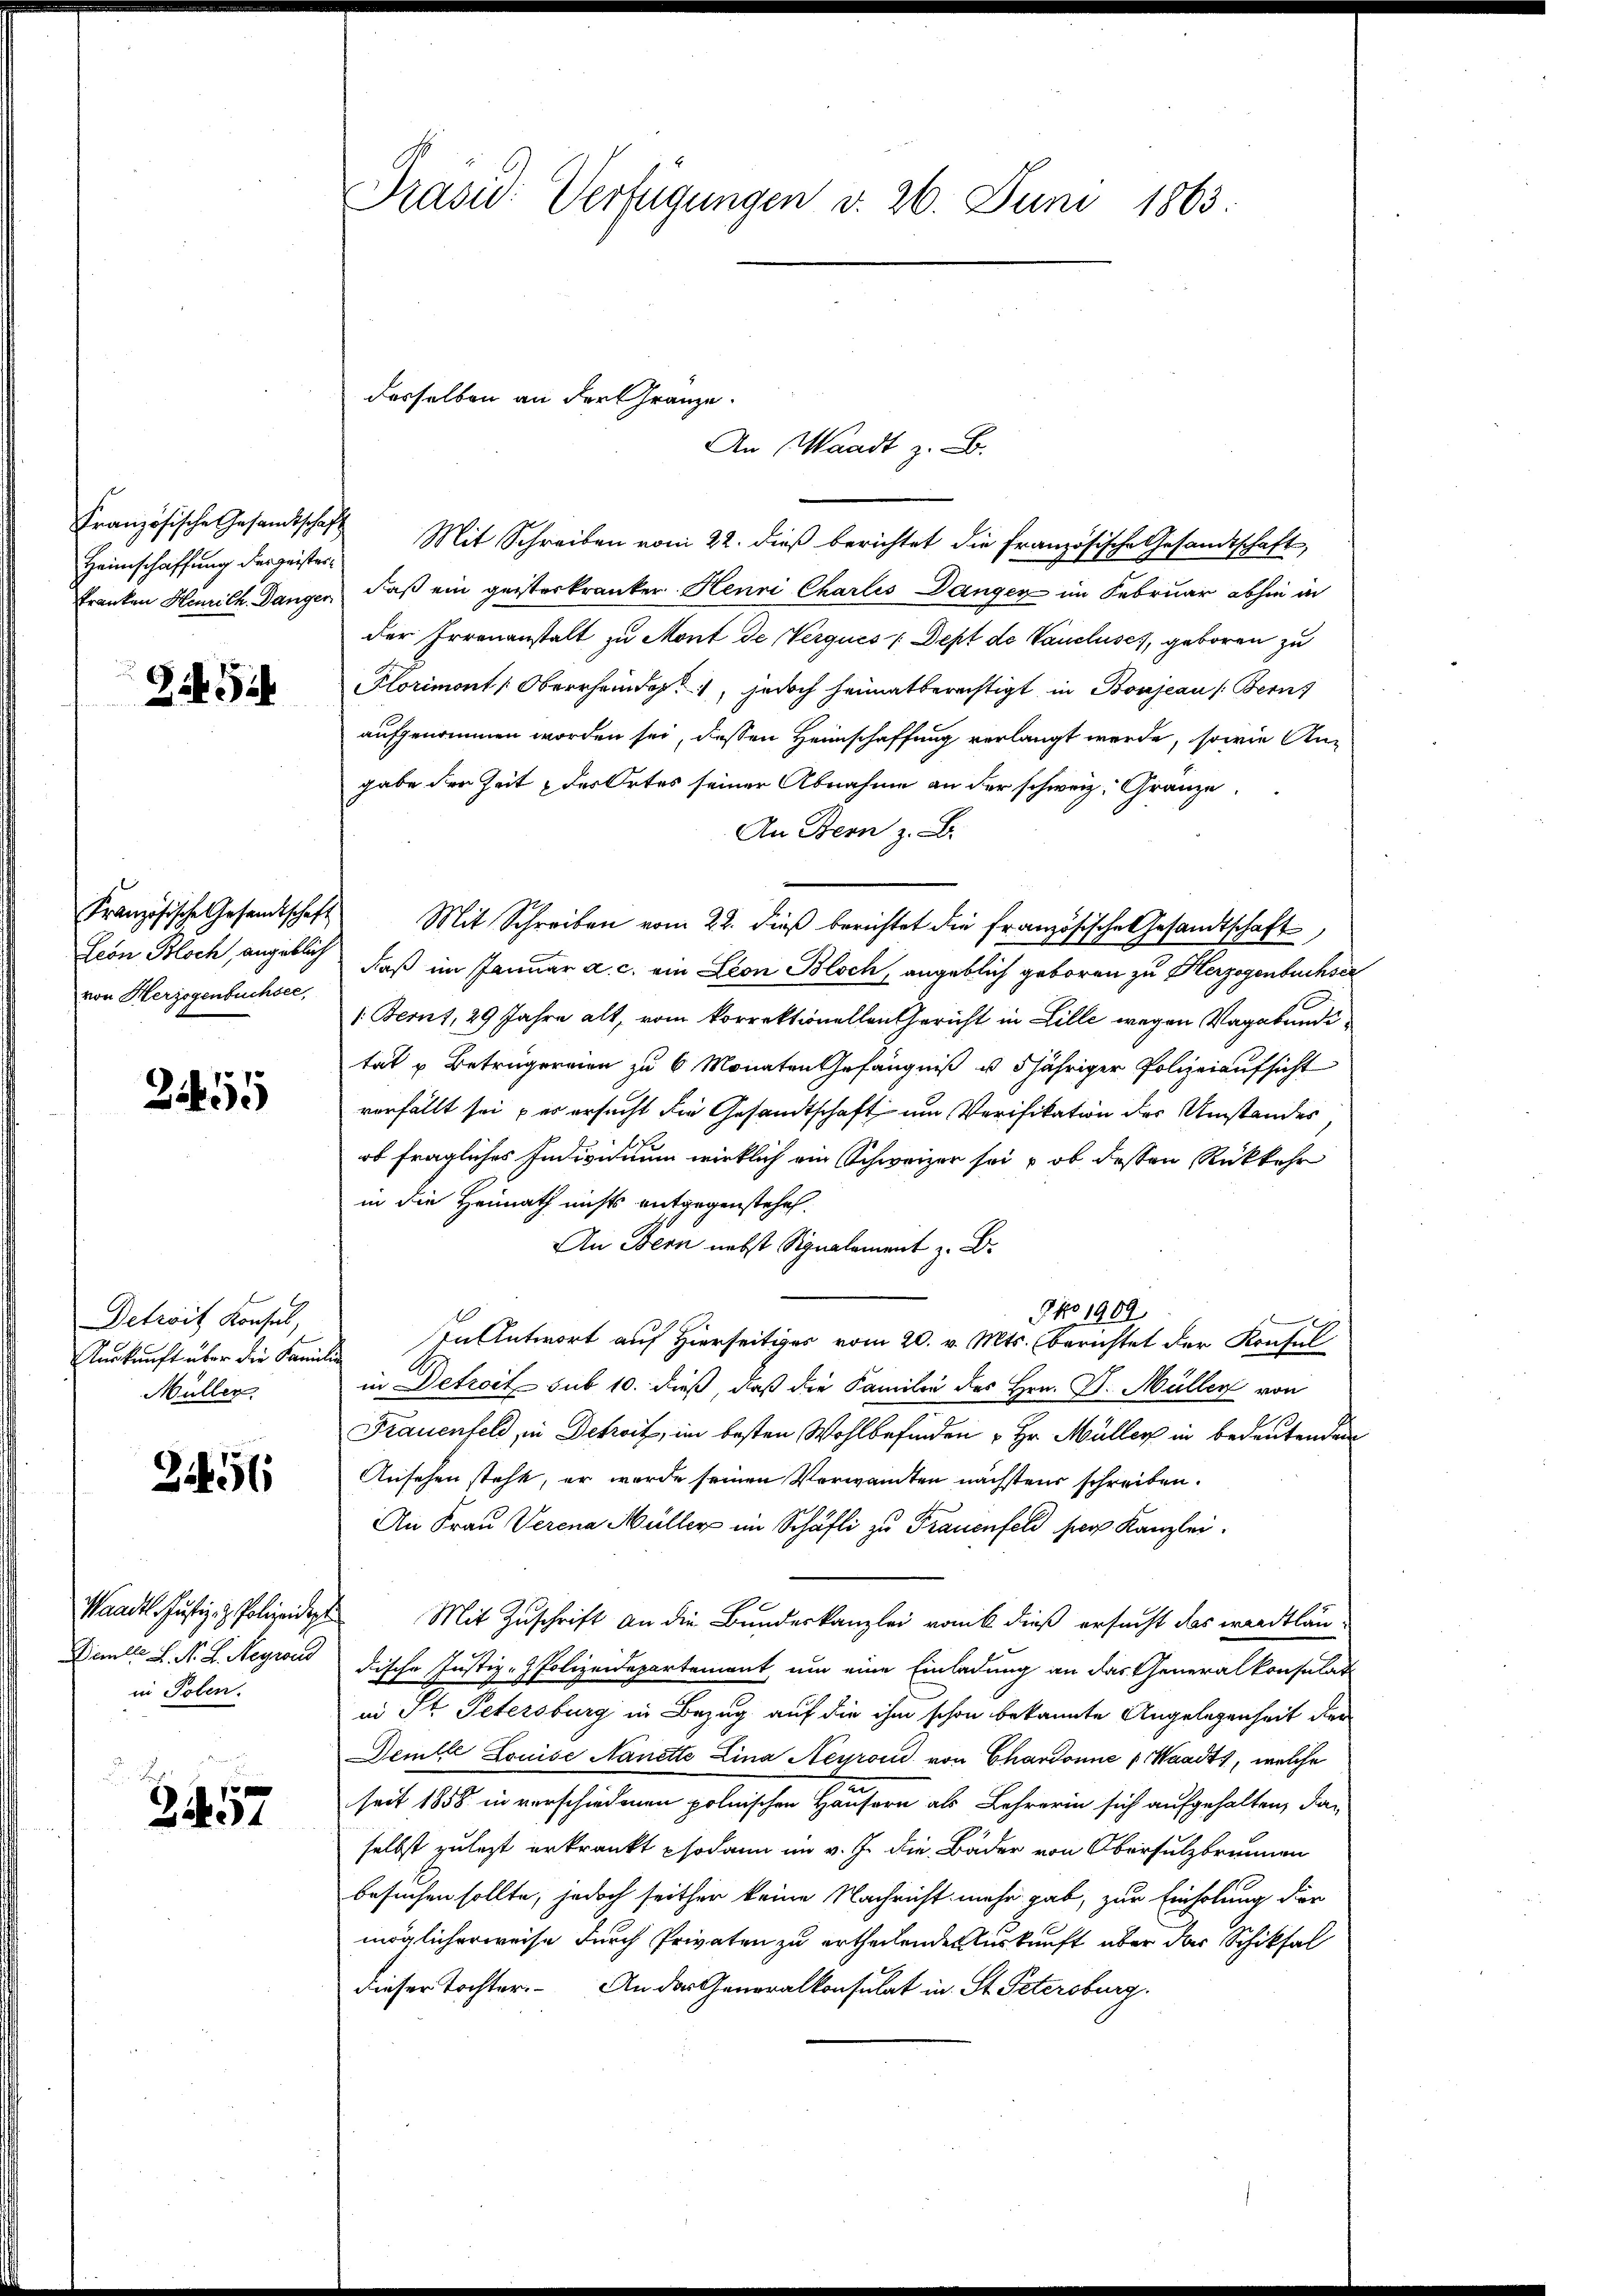
Heimschaffung dergeisterkranken Henrich. Dangen

Zif. 54

Französische Gesandtschaft
Leon Bloch, angeblich
von Herzogenbüchsee,

2455

Detroit Konsul,
Auskunft über die Famili
Müller

3456

Waadt Justiz- & Polizeidigte
Demlle S. N. L. Meyrond
in Polen.

Er
2257

Präsid. Verfügungen d. 26. Juni 1863.

desselben an der Gränze.
An Waadt z. B.
Französische Gesandtschaft Mit Schreiben vom 22. dieß berichtet die französische Gesandtschaft,

daß ein geisterkranker Henri Charlis Dangen im Februar abhin in
der Irrenanstalt zu Mont de Verques : Dept de Vaucluses, geboren zu
Plorimont Oberrheinde, jedoch heimatberechtigt, in Bonjean (Bern
aufgenommen worden sei, dessen Heimschaffung verlangt werde, sowie An-
gabe der Zeit des Ortes seiner Abnahme an der schweiz. Gränze.
An Bern z. B.
Mit Schreiben vom 22. dieß berichtet die französische Gesandtschaft
daß im Januar a. c. ein Leon Bloch, angeblich geboren zu Herzogenbuchser
1: Bernt, 29 Jahre alt, vom korrektionellen Gericht in Lille wegen Vagabunditat u Betrugereien zu 6 Monaten Gefängniß u 5jähriger Polizeiaufsicht
verfällt sei es ersucht die Gesandtschaft um Verifikation des Umstandes
ob fragliches Individuum wirklich ein Schweizer sei u ob dessen Rückkehr
in die Heimath nichts entgegenstehen.
An Bern nebst Signalement z. B.
sen Antwort auf Hierseit vom 20. v. Mts. berichtet der Konsul
in Detroit sub 10. dieß, daß die Familie des Hrn. D. Müller von
Frauenfeld, in Dekreif, im besten Wohlbefinden u Hr. Müller in bedeutenden
Ansehen steht, er wurde seinen Verwandten nächstens schreiben.
An Frau Verena Müller im Schäfli zu Frauenfeld per Kanzlei.
Mit Zuschrift an die Bundeskanzlei von dieß ersucht das weitläudische Justiz-Polizeidepartement, um eine Einladung an das Generalkonsulat
u St. Petersburg in Bezug auf die ihm schon bekannte Angelegenheit der
Deille Louise Nanette Lina Neyroud von Chardonne (Waadt, welche
seit 1858 in verschiedenen polnischen Häusern als Lehrerin sich aufgehalten, das
selbst zulezt erkrankt sodann im v. J. die Bäder von Obersülzbrunnen
besuchen sollte, jedoch seither keine Nachricht mehr gab, zur Einholung der
möglicherweise durch Privaten zu ertheilenden Auskunft aber das Schiksal
dieser Tochter. An der Generalkonsulat in St. Petersburg.

J No 1909.